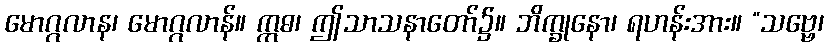
မောဂ္ဂလာန၊ မောဂ္ဂလာန်။ ဣဓ၊ ဤသာသနာတော်၌။ ဘိက္ခုနော၊ ရဟန်းအား။ “သဗ္ဗေ၊